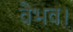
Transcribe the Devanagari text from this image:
वैभव।